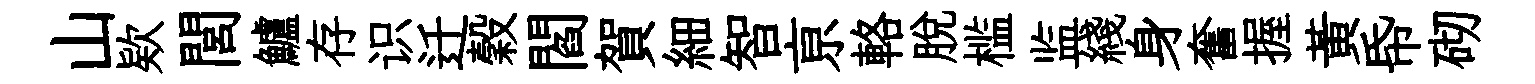
山欵閭鱸存识迁穀閻賀細智亰輅脱槛监綫身奮握黄帋砌